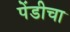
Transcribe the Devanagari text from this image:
पेंडीचा